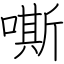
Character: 嘶